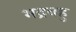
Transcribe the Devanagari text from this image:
भद्रबहु